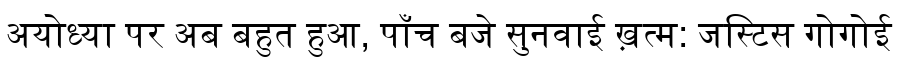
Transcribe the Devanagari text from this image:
अयोध्या पर अब बहुत हुआ, पाँच बजे सुनवाई ख़त्म: जस्टिस गोगोई